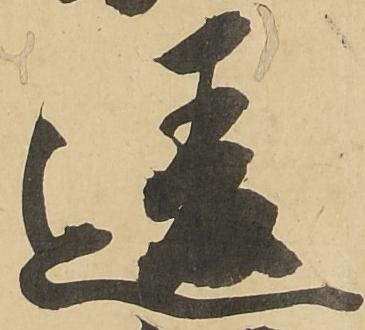
違